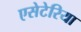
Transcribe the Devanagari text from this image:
एसेटेरिया